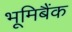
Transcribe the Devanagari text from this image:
भूमिबैंक